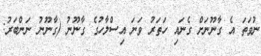
ނުވަތަ އެ ގާނޫނަށް ގެނައި ހަތަރު ވަނަ އިސްލާހުގެ ގާނޫނު (ގާނޫނު ނަންބަރު: